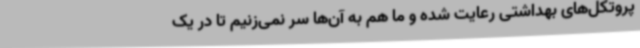
پروتکل‌های بهداشتی رعایت شده و ما هم به آن‌ها سر نمی‌زنیم تا در یک